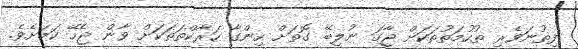
ފިތުނަވެރި ތުހުމަތުތަކަށް ޖާގަ ނުލިބޭ ގޮތަށް ހިންގާ ހަރާކްތަތަކަށް ވާން ޖެހޭ ކަމަށެވެ.